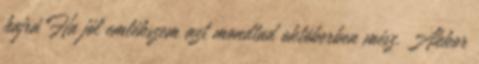
hajrá Ha jól emlékszem azt mondtad októberben mész. Akkor